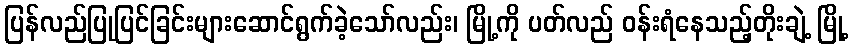
ပြန်လည်ပြုပြင်ခြင်းများဆောင်ရွက်ခဲ့သော်လည်း၊ မြို့ကို ပတ်လည် ဝန်းရံနေသည့်တိုးချဲ့ မြို့